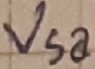
Text: Vsa